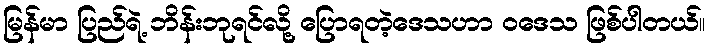
မြန်မာ ပြည်ရဲ့ ဘိန်းဘုရင်လို့ ပြောရတဲ့ဒေသဟာ ဝဒေသ ဖြစ်ပါတယ်။